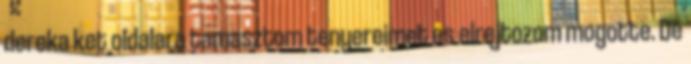
dereka ket oldalara tamasztom tenyereimet es elrejtozom mogotte. De